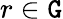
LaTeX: r\in\mathtt{G}